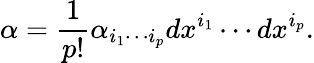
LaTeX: \alpha={\frac{1}{p!}}\alpha_{i_{1}\cdots i_{p}}dx^{i_{1}}\cdots dx^{i_{p}}.